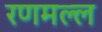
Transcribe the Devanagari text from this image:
रणमल्ल